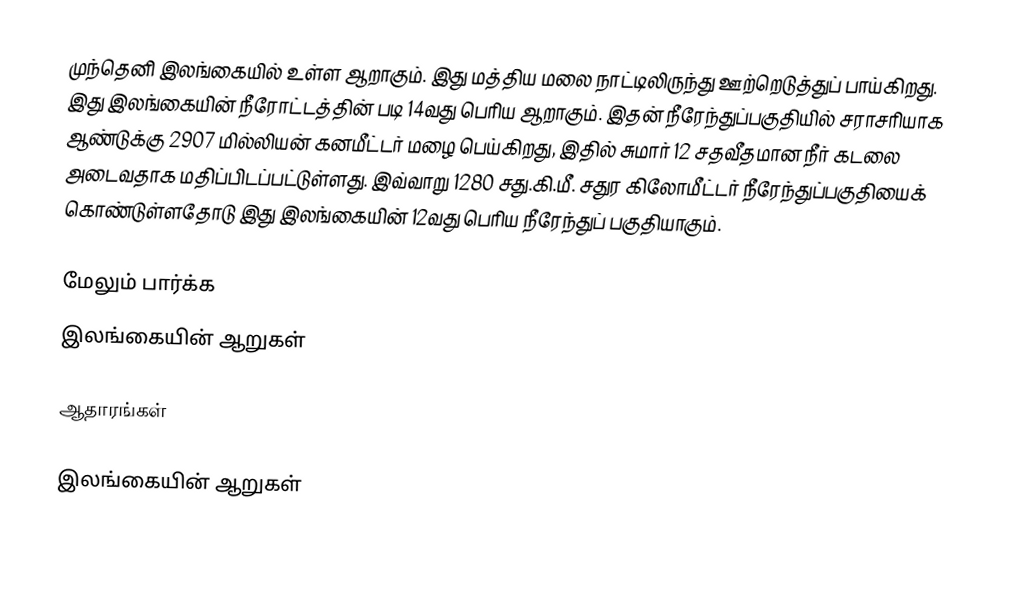
முந்தெனி இலங்கையில் உள்ள ஆறாகும். இது மத்திய மலை நாட்டிலிருந்து ஊற்றெடுத்துப் பாய்கிறது. இது இலங்கையின் நீரோட்டத்தின் படி  14வது பெரிய  ஆறாகும். இதன் நீரேந்துப்பகுதியில் சராசரியாக ஆண்டுக்கு 2907 மில்லியன் கனமீட்டர் மழை பெய்கிறது, இதில் சுமார் 12 சதவீதமான நீர் கடலை அடைவதாக மதிப்பிடப்பட்டுள்ளது. இவ்வாறு 1280 சது.கி.மீ. சதுர கிலோமீட்டர் நீரேந்துப்பகுதியைக் கொண்டுள்ளதோடு இது இலங்கையின் 12வது பெரிய நீரேந்துப் பகுதியாகும்.

மேலும் பார்க்க
 இலங்கையின் ஆறுகள்

ஆதாரங்கள்

இலங்கையின் ஆறுகள்